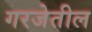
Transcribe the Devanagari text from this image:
गरजेतील